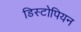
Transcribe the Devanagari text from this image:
डिस्टोपियन